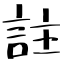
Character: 註